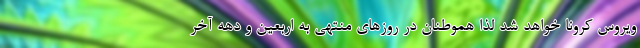
ویروس کرونا خواهد شد لذا هموطنان در روزهای منتهی به اربعین و دهه آخر